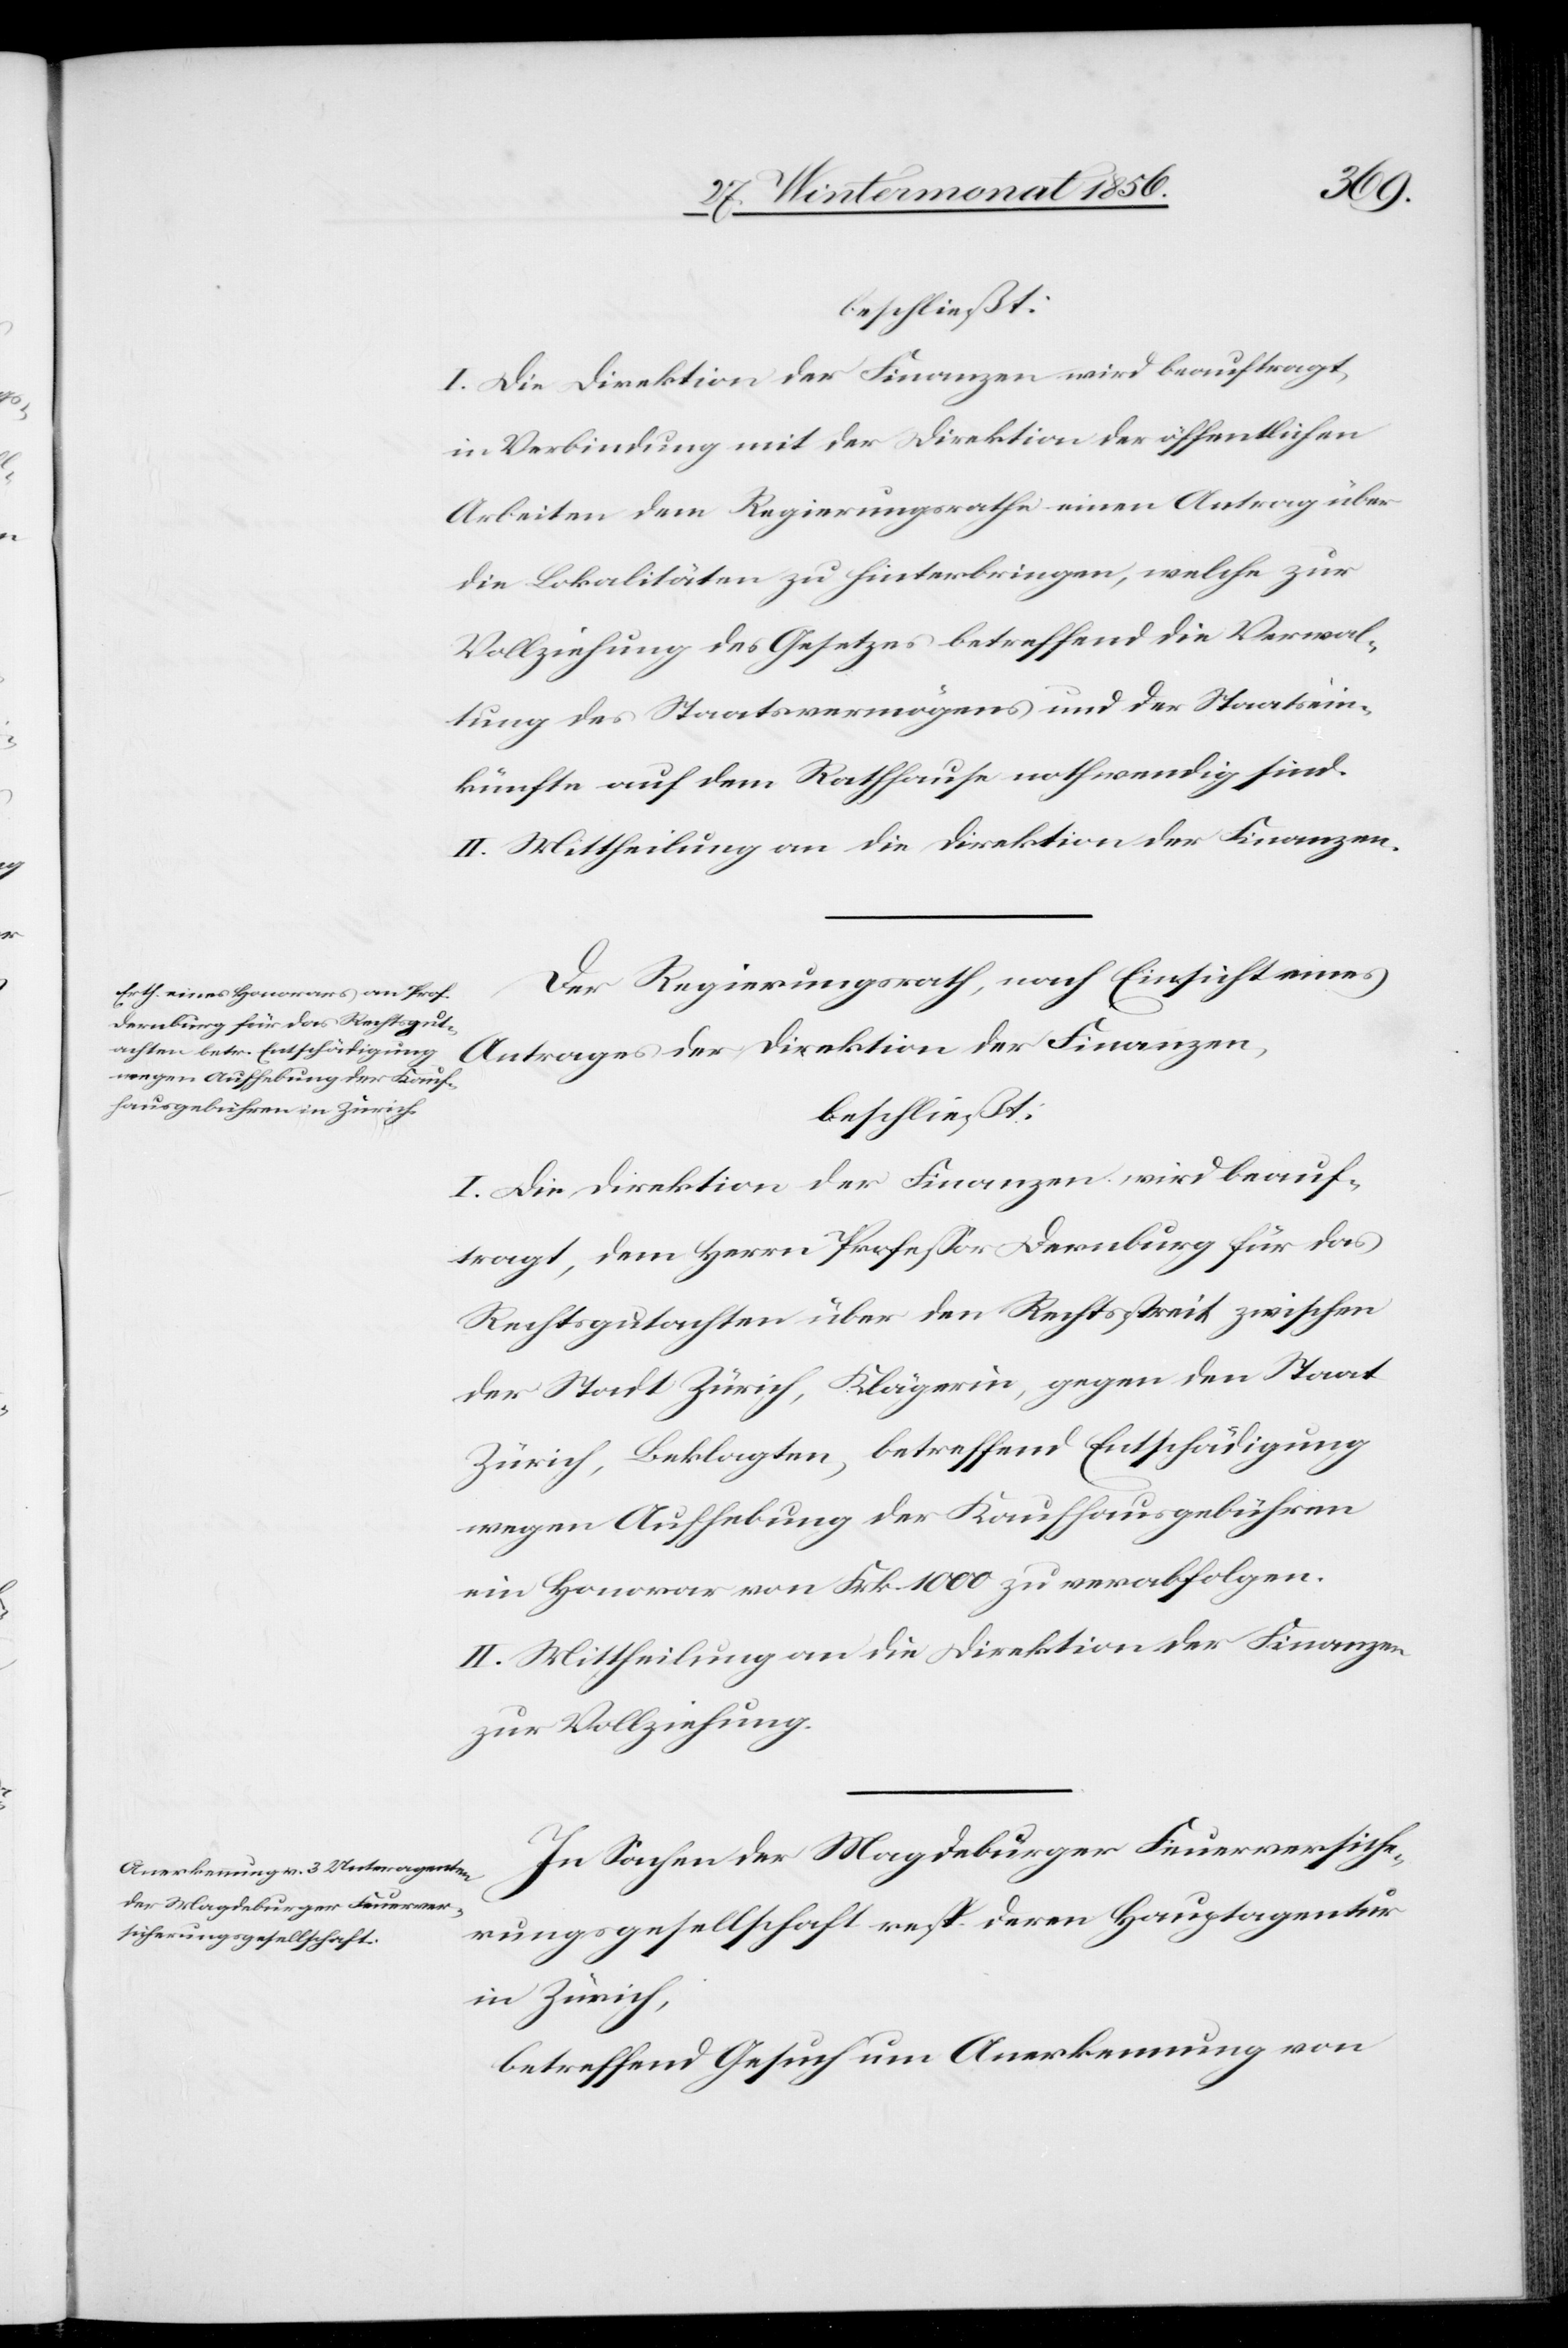
beschließt:
I. Die Direktion der Finanzen wird beauftragt,
in Verbindung mit der Direktion der öffentlichen
Arbeiten dem Regierungsrathe einen Antrag über
die Lokalitäten zu hinterbringen, welche zur
Vollziehung des Gesetzes betreffend die Verwal¬
tung des Staatsvermögens und der Staatsein¬
künfte auf dem Rathause nothwendig sind.
II. Mittheilung an die Direktion der Finanzen.
Der Regierungsrath, nach Einsicht eines
Antrages der Direktion der Finanzen,
I. Die Direktion der Finanzen wird beauf¬
tragt, dem Herrn Professor Dernburg für das
Rechtsgutachten über den Rechtsstreit zwischen
der Stadt Zürich, Klägerin, gegen den Staat
Zürich, Beklagten, betreffend Entschädigung
wegen Aufhebung der Kaufhausgebühren
ein Honorar von Frk. 1000 zu verabfolgen.
II. Mittheilung an die Direktion der Finanzen
zur Vollziehung.
In Sachen der Magdeburger Feuerversiche¬
rungsgesellschaft resp. deren Hauptagentur
in Zürich,
betreffend Gesuch um Anerkennung von